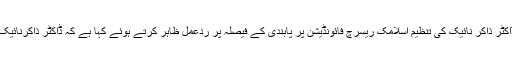
16 نومبر2016ء) مذہبی جماعتوں کے قائدین نے بھارت میں ڈاکٹر ذاکر نائیک کی تنظیم اسلامک ریسرچ فائونڈیشن پر پابندی کے فیصلہ پر ردعمل ظاہر کرتے ہوئے کہا ہے کہ ڈاکٹر ذاکرنائیک کی تنظیم پر پابندی اقوام متحدہ کے چارٹرکی خلاف ورزی ہے۔